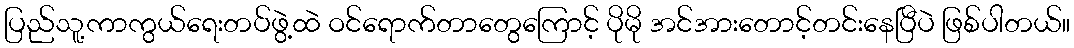
ပြည်သူ့ကာကွယ်ရေးတပ်ဖွဲ့ထဲ ဝင်ရောက်တာတွေကြောင့် ပိုမို အင်အားတောင့်တင်းနေပြီပဲ ဖြစ်ပါတယ်။